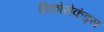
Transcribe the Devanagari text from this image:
पिकोसेकंड्स